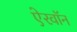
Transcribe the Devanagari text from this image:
ऐरवॉन